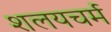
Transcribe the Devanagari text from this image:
शलयचर्म